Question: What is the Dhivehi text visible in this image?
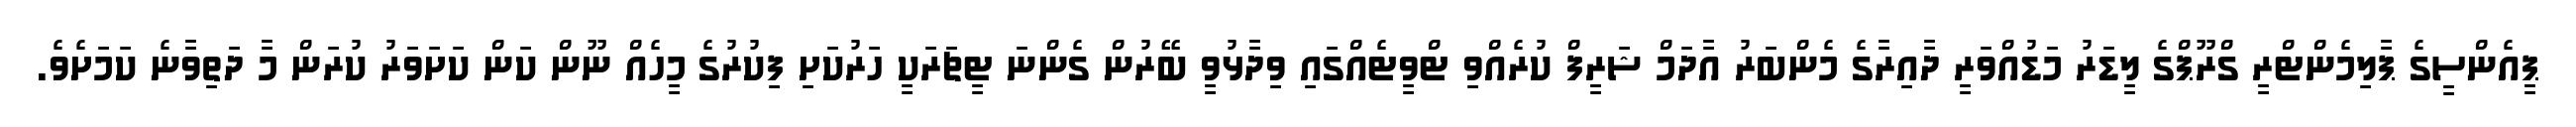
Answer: ޕީއެންސީގެ ޕާލިމެންޓްރީ ގްރޫޕްގެ ލީޑަރު މަޑުއްވަރީ ދާއިރާގެ މެންބަރު އާދަމް ޝަރީފް ކުރެއްވި ޓްވީޓެއްގައި ވިދާޅުވީ ބޭރުން ގެންނަ ޓީޗަރަކީ ހަރުކަށި ފިކުރުގެ މީހެއް ނޫން ކަން ކަށަވަރު ކުރަން މާ ދަތިވާނެ ކަމަށެވެ.